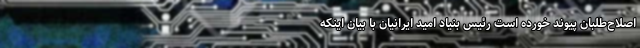
اصلاح‌طلبان پیوند خورده است رئیس بنیاد امید ایرانیان با بیان اینکه